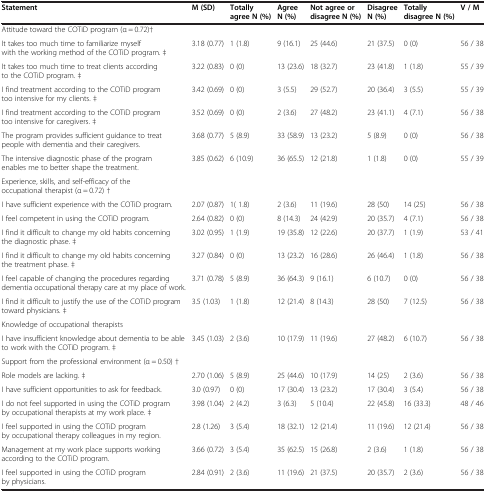
<table><thead><tr><td><b>Statement</b></td><td><b>M (SD)</b></td><td><b>Totally agree N (%)</b></td><td><b>Agree N (%)</b></td><td><b>Not agree or disagree N (%)</b></td><td><b>Disagree N (%)</b></td><td><b>Totally disagree N (%)</b></td><td><b>V / M</b></td></tr></thead><tbody><tr><td colspan="8">Attitude toward the COTiD program (α = 0.72)†</td></tr><tr><td>It takes too much time to familiarize myself with the working method of the COTiD program. ‡</td><td>3.18 (0.77)</td><td>1 (1.8)</td><td>9 (16.1)</td><td>25 (44.6)</td><td>21 (37.5)</td><td>0 (0)</td><td>56 / 38</td></tr><tr><td>It takes too much time to treat clients according to the COTiD program. ‡</td><td>3.22 (0.83)</td><td>0 (0)</td><td>13 (23.6)</td><td>18 (32.7)</td><td>23 (41.8)</td><td>1 (1.8)</td><td>55 / 39</td></tr><tr><td>I find treatment according to the COTiD program too intensive for my clients. ‡</td><td>3.42 (0.69)</td><td>0 (0)</td><td>3 (5.5)</td><td>29 (52.7)</td><td>20 (36.4)</td><td>3 (5.5)</td><td>55 / 39</td></tr><tr><td>I find treatment according to the COTiD program too intensive for caregivers. ‡</td><td>3.52 (0.69)</td><td>0 (0)</td><td>2 (3.6)</td><td>27 (48.2)</td><td>23 (41.1)</td><td>4 (7.1)</td><td>56 / 38</td></tr><tr><td>The program provides sufficient guidance to treat people with dementia and their caregivers.</td><td>3.68 (0.77)</td><td>5 (8.9)</td><td>33 (58.9)</td><td>13 (23.2)</td><td>5 (8.9)</td><td>0 (0)</td><td>56 / 38</td></tr><tr><td>The intensive diagnostic phase of the program enables me to better shape the treatment.</td><td>3.85 (0.62)</td><td>6 (10.9)</td><td>36 (65.5)</td><td>12 (21.8)</td><td>1 (1.8)</td><td>0 (0)</td><td>55 / 39</td></tr><tr><td colspan="8">Experience, skills, and self-efficacy of the occupational therapist (α = 0.72) †</td></tr><tr><td>I have sufficient experience with the COTiD program.</td><td>2.07 (0.87)</td><td>1( 1.8)</td><td>2 (3.6)</td><td>11 (19.6)</td><td>28 (50)</td><td>14 (25)</td><td>56 / 38</td></tr><tr><td>I feel competent in using the COTiD program.</td><td>2.64 (0.82)</td><td>0 (0)</td><td>8 (14.3)</td><td>24 (42.9)</td><td>20 (35.7)</td><td>4 (7.1)</td><td>56 / 38</td></tr><tr><td>I find it difficult to change my old habits concerning the diagnostic phase. ‡</td><td>3.02 (0.95)</td><td>1 (1.9)</td><td>19 (35.8)</td><td>12 (22.6)</td><td>20 (37.7)</td><td>1 (1.9)</td><td>53 / 41</td></tr><tr><td>I find it difficult to change my old habits concerning the treatment phase. ‡</td><td>3.27 (0.84)</td><td>0 (0)</td><td>13 (23.2)</td><td>16 (28.6)</td><td>26 (46.4)</td><td>1 (1.8)</td><td>56 / 38</td></tr><tr><td>I feel capable of changing the procedures regarding dementia occupational therapy care at my place of work.</td><td>3.71 (0.78)</td><td>5 (8.9)</td><td>36 (64.3)</td><td>9 (16.1)</td><td>6 (10.7)</td><td>0 (0)</td><td>56 / 38</td></tr><tr><td>I find it difficult to justify the use of the COTiD program toward physicians. ‡</td><td>3.5 (1.03)</td><td>1 (1.8)</td><td>12 (21.4)</td><td>8 (14.3)</td><td>28 (50)</td><td>7 (12.5)</td><td>56 / 38</td></tr><tr><td colspan="8">Knowledge of occupational therapists</td></tr><tr><td>I have insufficient knowledge about dementia to be able to work with the COTiD program. ‡</td><td>3.45 (1.03)</td><td>2 (3.6)</td><td>10 (17.9)</td><td>11 (19.6)</td><td>27 (48.2)</td><td>6 (10.7)</td><td>56 / 38</td></tr><tr><td colspan="8">Support from the professional environment (α = 0.50) †</td></tr><tr><td>Role models are lacking. ‡</td><td>2.70 (1.06)</td><td>5 (8.9)</td><td>25 (44.6)</td><td>10 (17.9)</td><td>14 (25)</td><td>2 (3.6)</td><td>56 / 38</td></tr><tr><td>I have sufficient opportunities to ask for feedback.</td><td>3.0 (0.97)</td><td>0 (0)</td><td>17 (30.4)</td><td>13 (23.2)</td><td>17 (30.4)</td><td>3 (5.4)</td><td>56 / 38</td></tr><tr><td>I do not feel supported in using the COTiD program by occupational therapists at my work place. ‡</td><td>3.98 (1.04)</td><td>2 (4.2)</td><td>3 (6.3)</td><td>5 (10.4)</td><td>22 (45.8)</td><td>16 (33.3)</td><td>48 / 46</td></tr><tr><td>I feel supported in using the COTiD program by occupational therapy colleagues in my region.</td><td>2.8 (1.26)</td><td>3 (5.4)</td><td>18 (32.1)</td><td>12 (21.4)</td><td>11 (19.6)</td><td>12 (21.4)</td><td>56 / 38</td></tr><tr><td>Management at my work place supports working according to the COTiD program.</td><td>3.66 (0.72)</td><td>3 (5.4)</td><td>35 (62.5)</td><td>15 (26.8)</td><td>2 (3.6)</td><td>1 (1.8)</td><td>56 / 38</td></tr><tr><td>I feel supported in using the COTiD program by physicians.</td><td>2.84 (0.91)</td><td>2 (3.6)</td><td>11 (19.6)</td><td>21 (37.5)</td><td>20 (35.7)</td><td>2 (3.6)</td><td>56 / 38</td></tr></tbody></table>